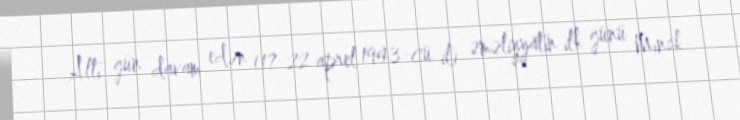
Altı gün davam edən (17-22 aprel 1943-cü il) əməliyyatın ilk günü Minsk